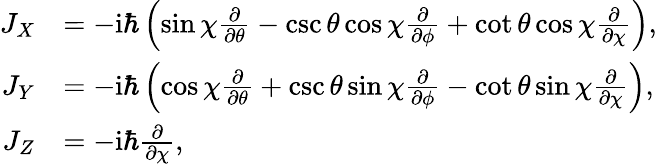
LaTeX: \begin{array}{rl}{J_{X}}&{=-\mathrm{i}\hbar\left(\sin\chi\frac{\partial}{\partial\theta}-\csc\theta\cos\chi\frac{\partial}{\partial\phi}+\cot\theta\cos\chi\frac{\partial}{\partial\chi}\right),}\\ {J_{Y}}&{=-\mathrm{i}\hbar\left(\cos\chi\frac{\partial}{\partial\theta}+\csc\theta\sin\chi\frac{\partial}{\partial\phi}-\cot\theta\sin\chi\frac{\partial}{\partial\chi}\right),}\\ {J_{Z}}&{=-\mathrm{i}\hbar\frac{\partial}{\partial\chi},}\end{array}